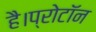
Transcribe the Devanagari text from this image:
है।प्रोटॉन